Civil Veterinary Department. United Provinces 1912-22 - 1912-1922
Year: 1912
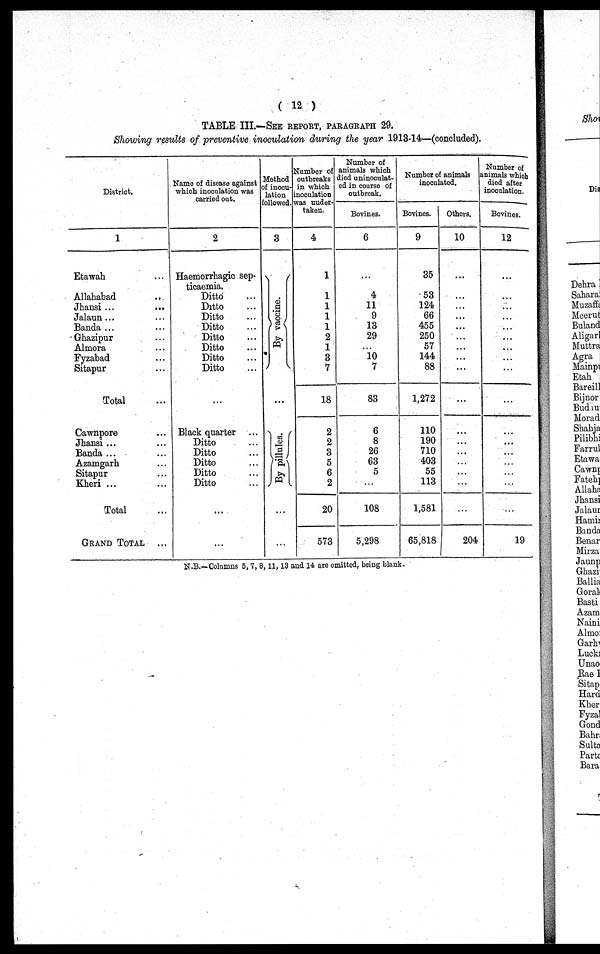
( 12 )
TABLE III.—SEE REPORT, PARAGRAPH 29.
Showing results of preventive inoculation during the year 1913-14—(concluded).
District.
1
Etawah ...
Allahabad ...
Jhansi ...
...
Jalaun ... ...
Banda ... ...
Ghazipur ...
Almora ...
Fyzabad ...
Sitapur ...
Total ...
Cawnpore ...
Jhansi ... ...
Banda ... ...
Azamgarh ...
Sitapur ...
Kheri ... ...
Total ...
GRAND TOTAL ...
Name of disease against
which inoculation was
carried out.
2
Haemorrhagic sep-
ticaemia.
Ditto ...
Ditto ...
Ditto ...
Ditto ...
Ditto ...
Ditto ...
Ditto ...
Ditto ...
...
Black quarter ...
Ditto ...
Ditto ...
Ditto ...
Ditto ...
Ditto ...
...
...
Method
of inocu-
lation
followed.
3
By vaccine.
...
By pillules.
...
...
Number of
outbreaks
in which
inoculation
was under-
taken.
4
1
1
1
1
1
2
1
3
7
18
2
2
3
5
6
2
20
573
Number of
animals which
died uninoculat-
ed in course of
outbreak.
Bovines.
6
...
4
11
9
13
29
...
10
7
83
6
8
26
63
5
...
108
5,298
Number of animals
inoculated.
Bovines.
9
35
53
124
66
455
250
57
144
88
1,272
110
190
710
403
55
113
1,581
65,818
Others.
10
...
...
...
...
...
...
...
...
...
...
...
...
...
...
...
...
...
204
Number of
animals which
died after
inoculation.
Bovines.
12
...
...
...
...
...
...
...
...
...
...
...
...
...
...
...
...
...
19
N.B.—Columns 5, 7, 8, 11, 13 and 14 are omitted, being blank.